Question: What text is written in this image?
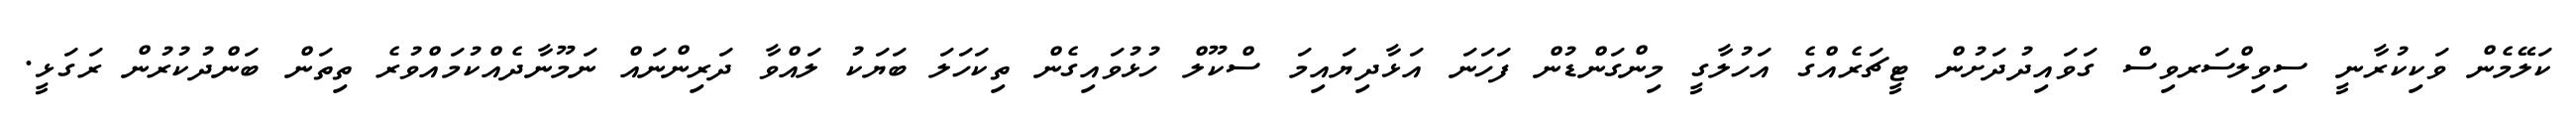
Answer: ކަލޭމެން ވަކިކުރާނީ ސިވިލްސަރވިސް ގަވައިދުދަށުން ޓީޗަރެއްގެ އަހުލާގީ މިންގަންޑުން ފަހަނަ އަޅާދިޔައިމަ ސްކޫލް ހުޅުވައިގެން ތިކަހަލަ ބަޔަކު ލައްވާ ދަރިންނައް ނަމޫނާދެއްކުމައްވުރެ ތިތަން ބަންދުކުރުން ރަގަޅީ.